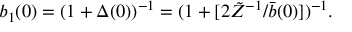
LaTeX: b _ { 1 } ( 0 ) = ( 1 + \Delta ( 0 ) ) ^ { - 1 } = ( 1 + [ 2 \tilde { Z } ^ { - 1 } / \bar { b } ( 0 ) ] ) ^ { - 1 } .